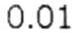
0.01